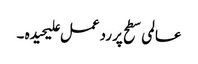
عالمی سطح پر رد عمل علیحیدہ ۔